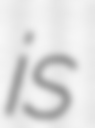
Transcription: is